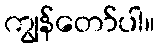
ကျွန်တော်ပါ။